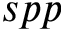
s p p